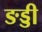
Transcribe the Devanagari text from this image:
ङड्डी